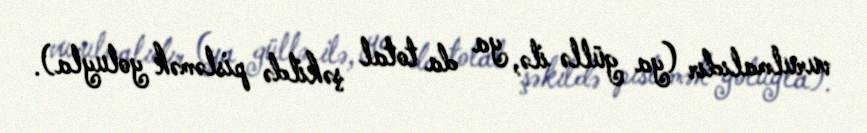
vurulmalıdır (ya güllə ilə, ya da total şəkildə pisləmək yoluyla).